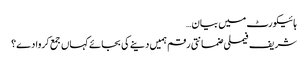
ہائیکورٹ میں بیان…
شریف فیملی ضمانتی رقم ہمیں دینے کی بجائے کہاں جمع کروا دے؟